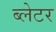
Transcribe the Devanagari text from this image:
ब्लेटर